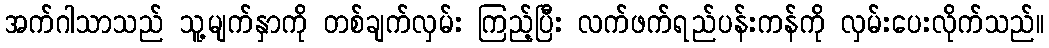
အက်ဂါသာသည် သူ့မျက်နှာကို တစ်ချက်လှမ်း ကြည့်ပြီး လက်ဖက်ရည်ပန်းကန်ကို လှမ်းပေးလိုက်သည်။